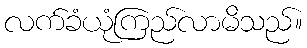
လက်ခံယုံကြည်လာမိသည်။